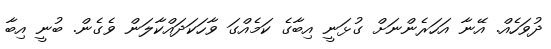
ދުވަހެއް. އޭނާ އަހަރެންނަށް ގުޅަނީ އިބާގެ ކަމެއްގަ ވާހަކަދައްކާލަން ވެގެން. ބުނީ އިބާ